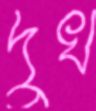
দুখ